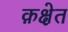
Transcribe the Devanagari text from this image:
क़क्षेत